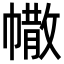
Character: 𢄻